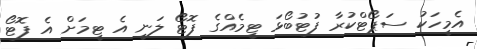
އެމީހަކު ސަޕޯޓްކުރާ ފުޓުބޯޅަ ޓީމެއްގެ ފޮޓޯ ލަނީ އެ ޓީމަށް އެ ފޮޓޯ